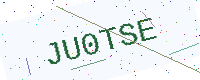
Text: JU0TSE